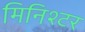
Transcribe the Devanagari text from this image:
मिनिश्टर